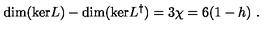
\mathrm { d i m ( k e r } L ) - \mathrm { d i m ( k e r } L ^ { \dag } ) = 3 \chi = 6 ( 1 - h ) \ .